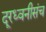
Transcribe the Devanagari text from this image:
दूरध्वनीसंच